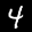
Label: 4